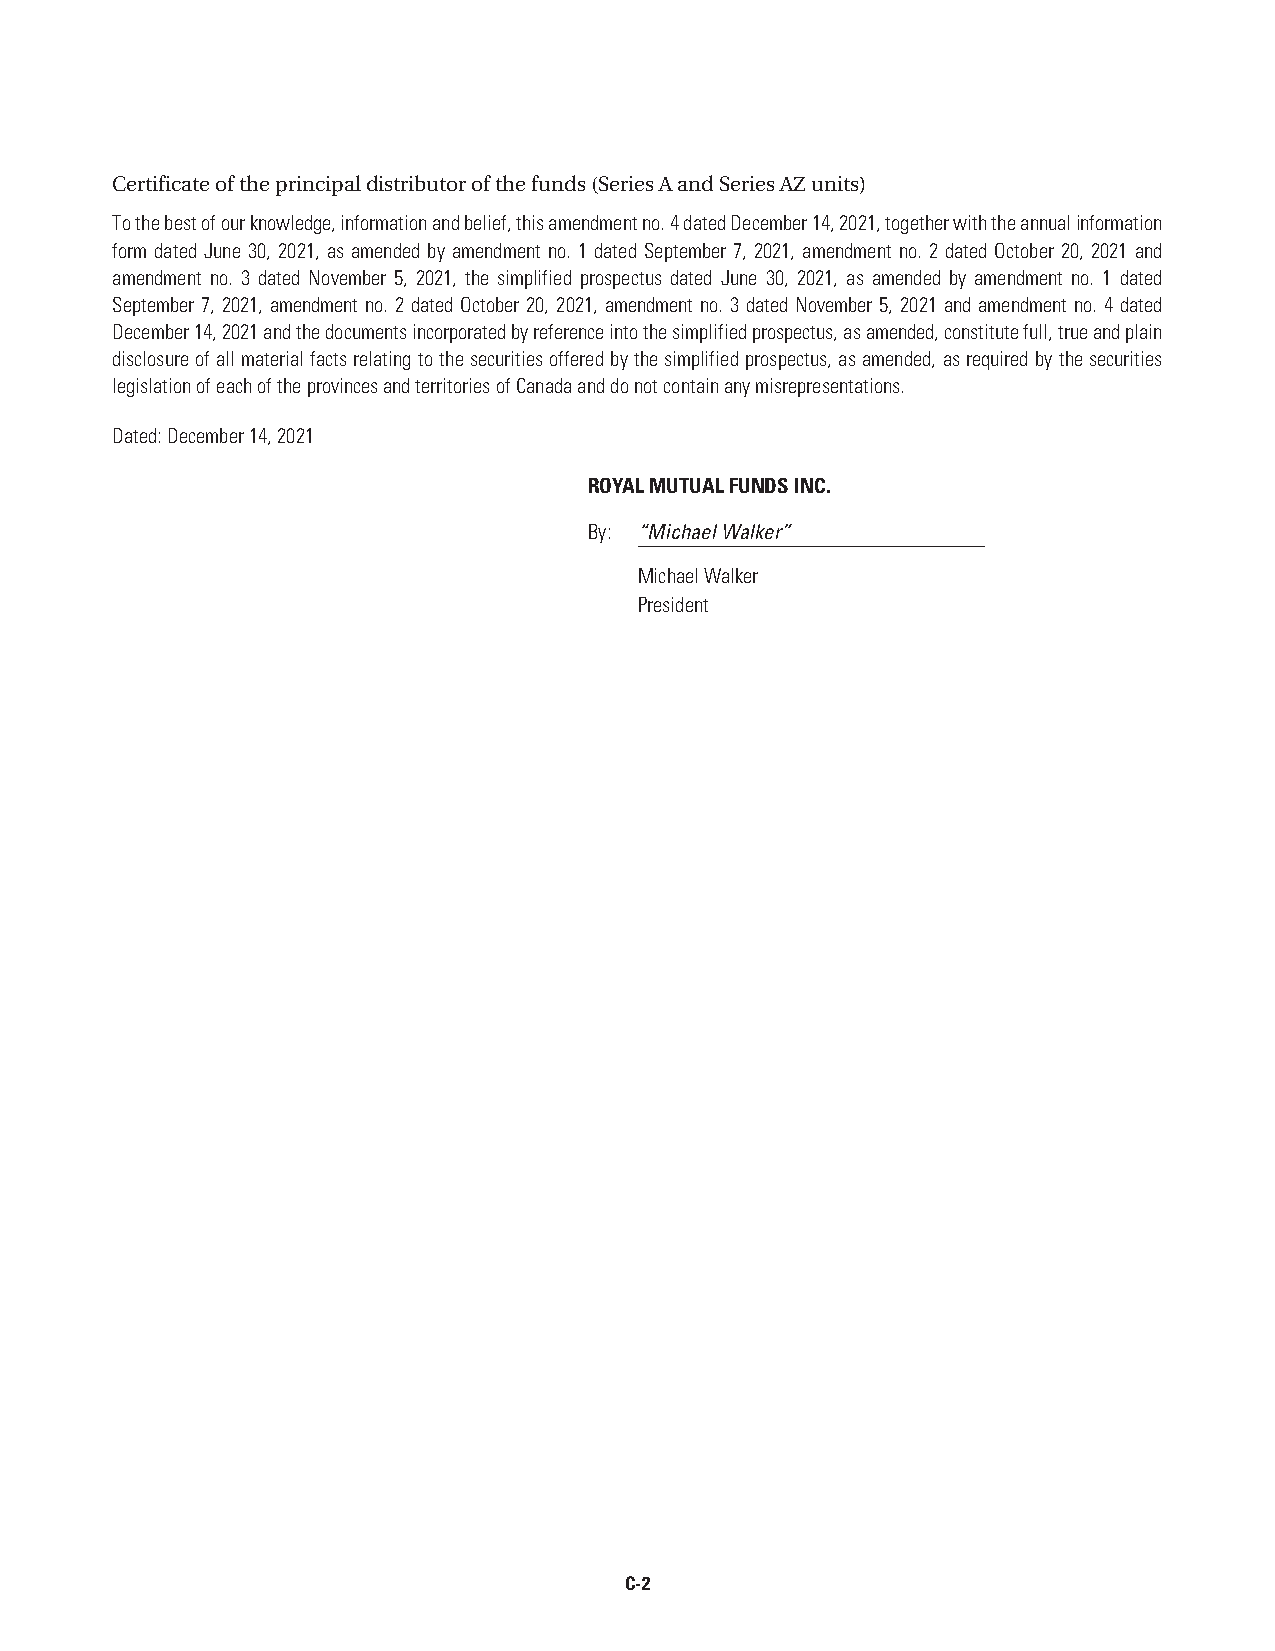
Certificate of the principal distributor of the funds (Series A and Series AZ units)
 To the best of our knowledge, information and belief, this amendment no. 4 dated December 14, 2021, together with the annual information
 form dated June 30, 2021, as amended by amendment no. 1 dated September 7, 2021, amendment no. 2 dated October 20, 2021 and
 amendment no. 3 dated November 5, 2021, the simplified prospectus dated June 30, 2021, as amended by amendment no. 1 dated
 September 7, 2021, amendment no. 2 dated October 20, 2021, amendment no. 3 dated November 5, 2021 and amendment no. 4 dated
 December 14, 2021 and the documents incorporated by reference into the simplified prospectus, as amended, constitute full, true and plain
 disclosure of all material facts relating to the securities offered by the simplified prospectus, as amended, as required by the securities
 legislation of each of the provinces and territories of Canada and do not contain any misrepresentations.
 Dated: December 14, 2021
 ROYAL MUTUAL FUNDS INC.
 By: “Michael Walker”
 Michael Walker
 President
 C-2